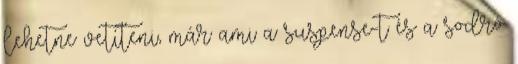
lehetne vetíteni, már ami a suspense-t és a sodró